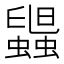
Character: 𧓟